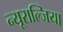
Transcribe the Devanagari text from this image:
न्यूराल्जिया